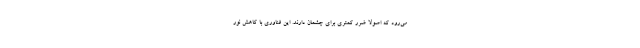
می‌رود که اصولا ضرر کمتری برای چشمان دارند. این فناوری با کاهش نور